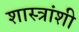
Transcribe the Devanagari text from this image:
शास्त्रांशी